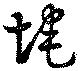
埯